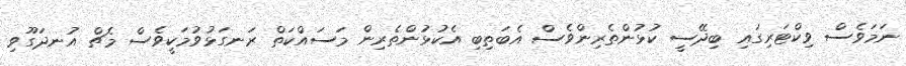
ނަމަވެސް ވިކްޓަރިގައި ބިދޭސީ ކުޅުންތެރިންވެސް އެބަތިބި އެކުޅުންތެރިން މަސައްކަތް ރަނގަޅުވުމަކީވެސް މެޗް އުނދަގޫވި